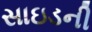
સાઇડની